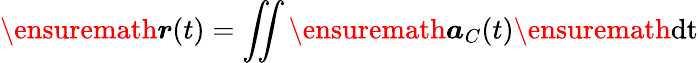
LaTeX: \ensuremath{\boldsymbol{r}}(t)=\iint\ensuremath{\boldsymbol{a}}_{C}(t)\ensuremath{\operatorname{dt}}